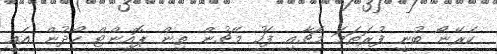
ކެރޭނޯ ބުނީ ފުރަތަމަ މެޗާއި ފަހު މެޗުން ތިން ޕޮއިންޓް ހޯދުން އެއީ